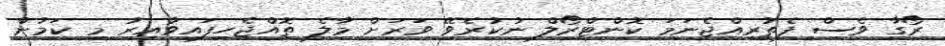
ރޯގާ ވެސް ފެތުރިއްޖެނަމަ ކޮންޓްރޯލް ނުކުރެވޭ ވަރަށް މާލެ ތޮއްޖެހިފައިވާއިރު މި ކަމުން